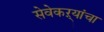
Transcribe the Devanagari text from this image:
सेवेकऱ्यांचा